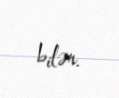
bilər.